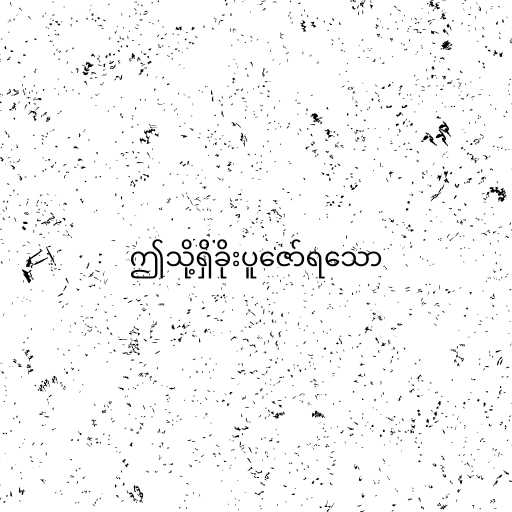
ဤသို့ရှိခိုးပူဇော်ရသော